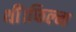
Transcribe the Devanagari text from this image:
थीं।फिल्म